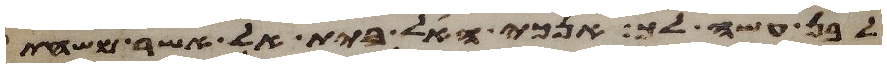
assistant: לבן עשה לך אנכי האל בית אל אשר משחת